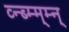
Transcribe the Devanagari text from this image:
व्न्ब्म्म्म्न्